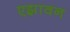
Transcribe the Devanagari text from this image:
एझावन